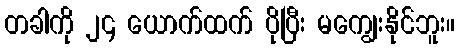
တခါကို ၂၄ ယောက်ထက် ပိုပြီး မကျွေးနိုင်ဘူး။